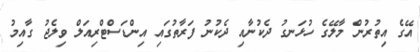
އޭގެ އިތުރުން މާލޭގެ ހުޅަނގު ދެކުނާއި ދެކުނު ފަރާތުގައި އިންޑަސްޓްރިއަލް ވިލެޖު ގާއިމު